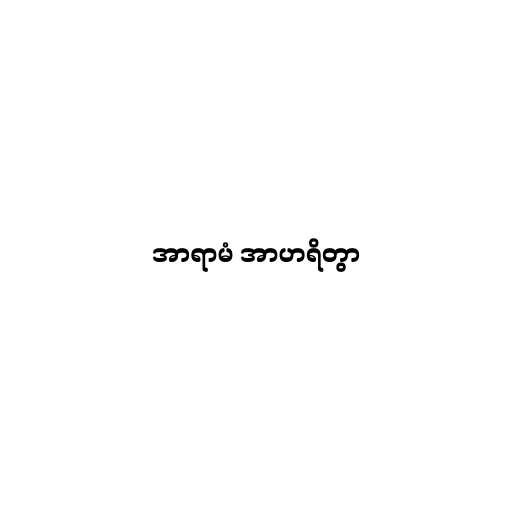
အာရာမံ အာဟရိတွာ